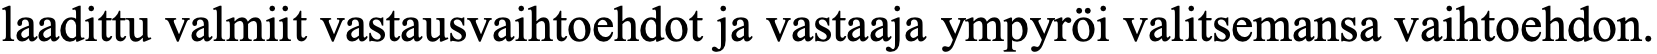
laadittu valmiit vastausvaihtoehdot ja vastaaja ympyröi valitsemansa vaihtoehdon.